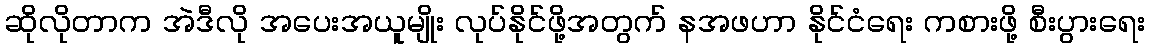
ဆိုလိုတာက အဲဒီလို အပေးအယူမျိုး လုပ်နိုင်ဖို့အတွက် နအဖဟာ နိုင်ငံရေး ကစားဖို့ စီးပွားရေး